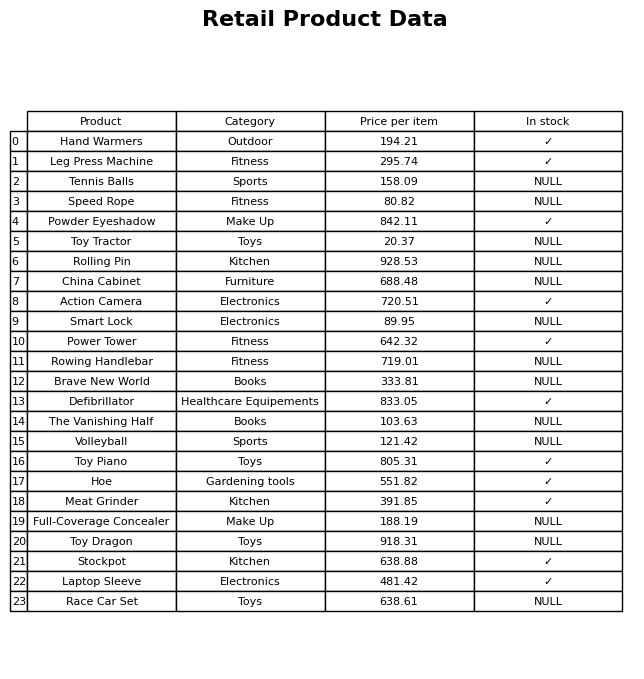
question: What is the price for Action Camera?
answer: The price of Action Camera is 720.51.